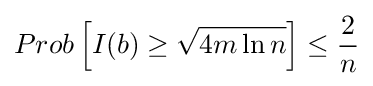
Prob\left[I(b)\geq {\sqrt {4m\ln n}}\right]\leq {\frac {2}{n}}